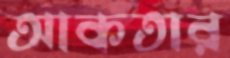
আকতার